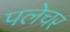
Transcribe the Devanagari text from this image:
पलेचर